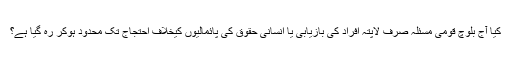
کیا آج بلوچ قومی مسئلہ صرف لاپتہ افراد کی بازیابی یا انسانی حقوق کی پائمالیوں کیخلاف احتجاج تک محدود ہوکر رہ گیا ہے؟